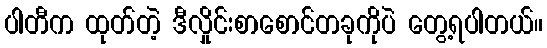
ပါတီက ထုတ်တဲ့ ဒီလှိုင်းစာစောင်တခုကိုပဲ တွေ့ရပါတယ်။